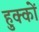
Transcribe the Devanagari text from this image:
हुक्‍कों